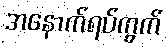
အနောက်ရပ်ကွက်